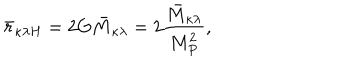
\bar { r } _ { \kappa \lambda H } = 2 \mathrm { G } \bar { M } _ { \kappa \lambda } = 2 \frac { \bar { M } _ { \kappa \lambda } } { M _ { P } ^ { 2 } } ,